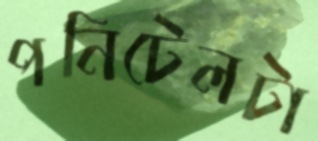
পনিটেলটা